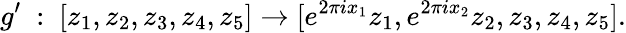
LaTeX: g^{\prime}\ :\ [z_{1},z_{2},z_{3},z_{4},z_{5}]\rightarrow[e^{2\pi ix_{1}}{z_{1}},e^{2\pi ix_{2}}{z_{2}},z_{3},z_{4},z_{5}].